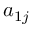
a _ { 1 j }